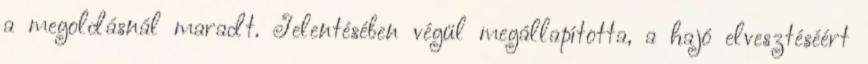
a megoldásnál maradt. Jelentésében végül megállapította, a hajó elvesztéséért